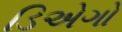
ડિએગો